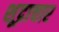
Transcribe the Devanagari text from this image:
शूद्राचार